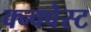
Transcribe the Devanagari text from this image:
क्न्क्वेस्ट